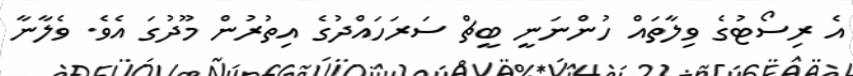
އެ ރިސޯޓުގެ ވިލާތައް ހުންނަނީ ބީޗް ސަރަހައްދުގެ އިތުރުން މޫދުގަ އެވެ. ވެލާނާ